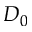
D _ { 0 }